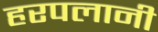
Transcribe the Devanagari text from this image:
हरपलानी